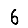
Digit: 6